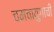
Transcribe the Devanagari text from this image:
चमचायुगाची